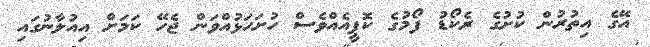
އޭގެ އިތުރުން ކުށުގެ ރެކޯޑު ފޯމުގެ ކޮޕީއެއްވެސް ހުށަހަޅުއްވަން ޖެހޭ ކަމަށް އިއުލާނުގައި